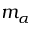
m _ { \alpha }